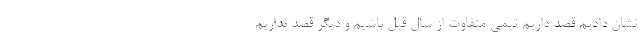
نشان دادیم قصد داریم تیمی متفاوت از سال قبل باشیم و دیگر قصد نداریم